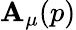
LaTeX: \mathbf{A}_{\mu}(p)